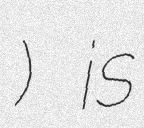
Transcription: Дружба) is